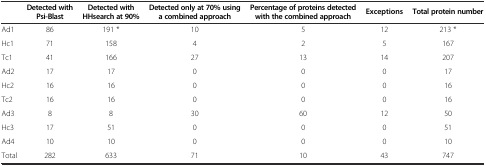
<table><thead><tr><td></td><td><b>Detected with Psi-Blast</b></td><td><b>Detected with HHsearch at 90%</b></td><td><b>Detected only at 70% using a combined approach</b></td><td><b>Percentage of proteins detected with the combined approach</b></td><td><b>Exceptions</b></td><td><b>Total protein number</b></td></tr></thead><tbody><tr><td>Ad1</td><td>86</td><td>191 *</td><td>10</td><td>5</td><td>12</td><td>213 *</td></tr><tr><td>Hc1</td><td>71</td><td>158</td><td>4</td><td>2</td><td>5</td><td>167</td></tr><tr><td>Tc1</td><td>41</td><td>166</td><td>27</td><td>13</td><td>14</td><td>207</td></tr><tr><td>Ad2</td><td>17</td><td>17</td><td>0</td><td>0</td><td>0</td><td>17</td></tr><tr><td>Hc2</td><td>16</td><td>16</td><td>0</td><td>0</td><td>0</td><td>16</td></tr><tr><td>Tc2</td><td>16</td><td>16</td><td>0</td><td>0</td><td>0</td><td>16</td></tr><tr><td>Ad3</td><td>8</td><td>8</td><td>30</td><td>60</td><td>12</td><td>50</td></tr><tr><td>Hc3</td><td>17</td><td>51</td><td>0</td><td>0</td><td>0</td><td>51</td></tr><tr><td>Ad4</td><td>10</td><td>10</td><td>0</td><td>0</td><td>0</td><td>10</td></tr><tr><td>Total</td><td>282</td><td>633</td><td>71</td><td>10</td><td>43</td><td>747</td></tr></tbody></table>